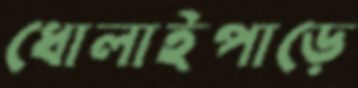
ধোলাইপাড়ে